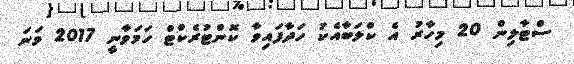
ސްޓާލިން 20 މިހާރު އެ ކްލަބާއެކު ހަދާފައިވާ ކޮންޓުރެކްޓް ހަމަވާނީ 2017 ވަނަ